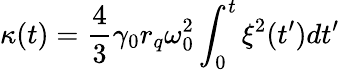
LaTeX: \kappa(t)=\frac{4}{3}\gamma_{0}r_{q}\omega_{0}^{2}\int_{0}^{t}\xi^{2}(t^{\prime})dt^{\prime}